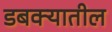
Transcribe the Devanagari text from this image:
डबक्यातील